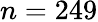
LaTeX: n=249